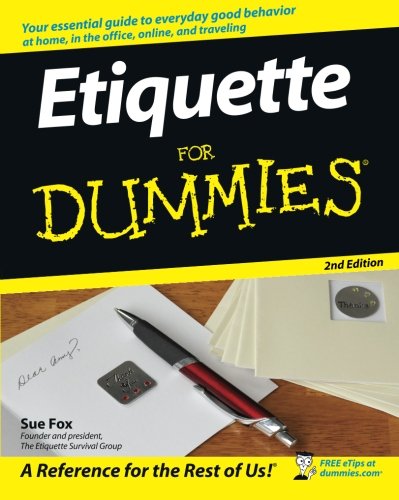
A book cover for Etiquette For Dummies; Sue Fox; Reference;